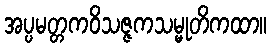
အပ္ပမတ္တကဝိသဇ္ဇကသမ္မုတိကထာ။